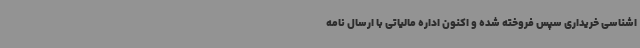
اشناسی خریداری سپس فروخته شده و اکنون اداره مالیاتی با ارسال نامه